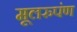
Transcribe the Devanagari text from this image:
मूलरुपंण